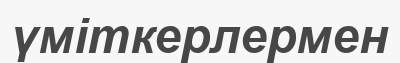
үміткерлермен